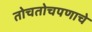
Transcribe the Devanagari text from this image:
तोचतोचपणाचे